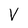
Character: V